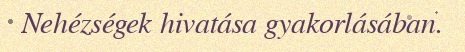
Nehézségek hivatása gyakorlásában.